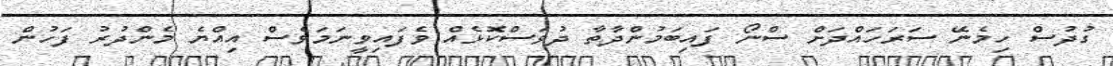
ގުދުސް ހިމެނޭ ސަރަހައްދަށް ސްނޯ ފައިބަމުންދާތާ ދުވަސްކޮޅެއް ވެފައިވީނަމަވެސް އިއްޔެ މެންދުރު ފަހުން